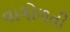
વાગોળતી